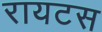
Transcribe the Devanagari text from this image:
रायटस